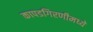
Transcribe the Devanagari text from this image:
कापडगिरणीमध्ये